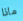
ماذا